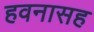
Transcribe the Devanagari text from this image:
हवनासह